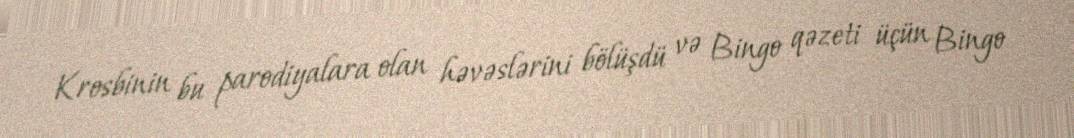
Krosbinin bu parodiyalara olan həvəslərini bölüşdü və Bingo qəzeti üçün Bingo